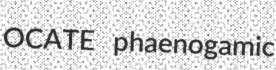
OCATE phaenogamic